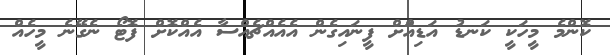
ކޮންމެ މީހަކީ ކަނޑު އަޑިއަްށް ފީނައިގެން އެއެއްޗެއްސާ އެއްކޮށް ފޮޓޯ ނެގޭނެ މީހެއް